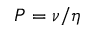
P = \nu / \eta